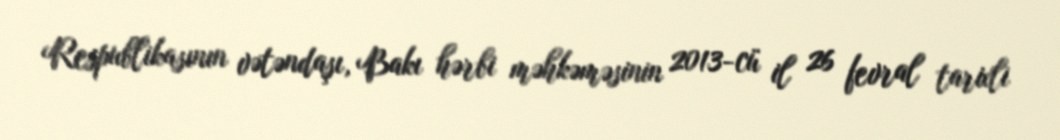
Respublikasının vətəndaşı, Bakı hərbi məhkəməsinin 2013-cü il 26 fevral tarixli